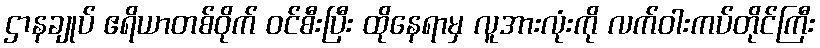
ဌာနချုပ် ဧရိယာတစ်ဝိုက် ဝင်စီးပြီး ထိုနေရာမှ လူအားလုံးကို လက်ဝါးကပ်တိုင်ကြီး